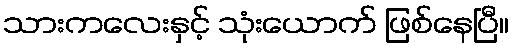
သားကလေးနှင့် သုံးယောက် ဖြစ်နေပြီ။